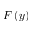
F \left( y \right)